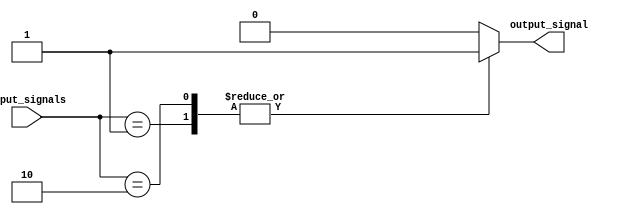
module priority_case_statement (
    input wire [1:0] input_signals, // input signals
    output wire output_signal // output signal
);

// Behavioral modeling block with Priority case statement
always @* begin
    case(input_signals)
        2'b00: output_signal = 1'b0; // case statement 1
        2'b01: output_signal = 1'b1; // case statement 2
        2'b10: output_signal = 1'b1; // case statement 3
        default: output_signal = 1'b0; // default behavior if no case statements are met
    endcase
end

endmodule